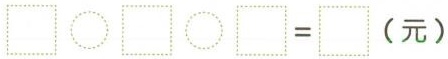
$$\Box \circ \Box \circ \Box = \circ （元）$$